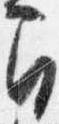
間